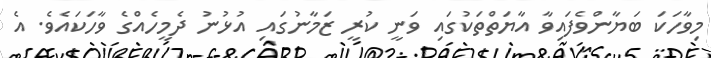
މިވާހަކަ ބަޔާންވެފައިވާ އާޔަތްތަކުގައި ވަނީ ކުރީ ޒަމާނުގައި އުޅުނު ދެމީހެއްގެ ވާހަކައެވެ. އެ